Annual report of the Punjab Veterinary College and of the Civil Veterinary Department, Punjab - 1920-1925
Year: 1920
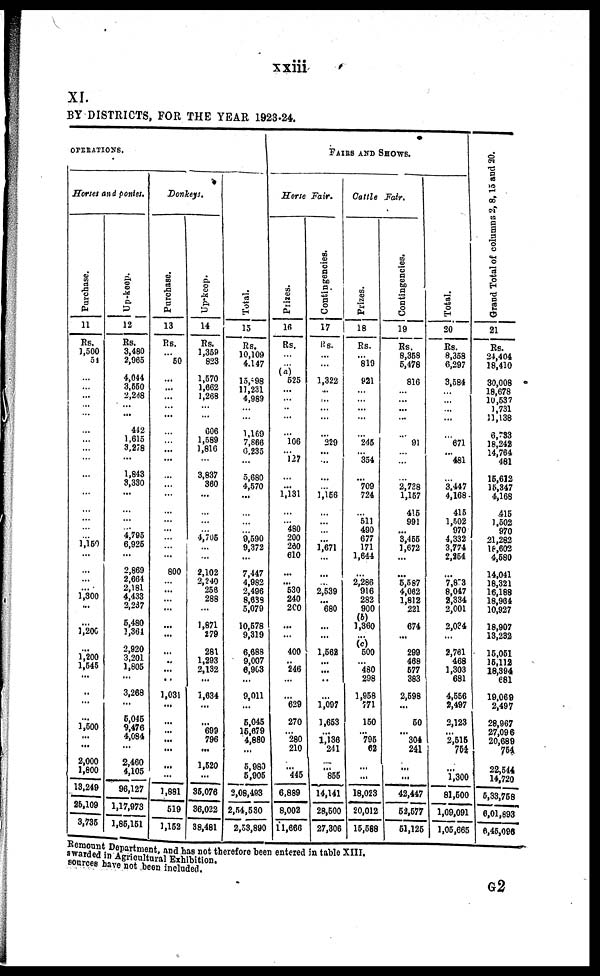
xiii
XI.
BY DISTRICTS, FOR THE YEAR 1923-24.
OPERATIONS.
Horses and ponles.
Purchase.
11
RS.
1,500
51
...
...
... ...
...
...
...
...
...
...
...
....
....
....
...
1,159
...
...
....
1,800
...
...
1,206
1,200
...
1,200
1,545 ..
...
1,500
...
2,000
1,800
18,249
26,109
3,735
Up-keep.
12
Rs.
3,480
2,965
4,044
3,550
2,248
...
...
442
1.615
3.278
...
1,843
3,330
...
...
... ... 4,785
6,925
...
...
2,869
2,004
2,181 4,433
3,237
5,480
1,364
2,920
3,201
1,805
...
3,268
...
5,045
9,476
4,084
...
2,460
4,105
96,127
1,17,973
1,85,151
Donkeys.
Purchase.
13
RS.
...
50
...
...
...
...
... ...
...
...
...
...
...
...
...
...
800
... ...
...
...
...
...
...
1,031
...
...
...
...
...
...
1,881
619
1,152
Up-keep.
14
RS.
1,369
828
1,670
1,662
1,268
...
...
606
1,589
1,816
...
3,837
360
...
...
...
... 4,706
...
...
2,102
3,240
268
288
...
1,871
179
281
1,293
2,132
...
1,634
...
...
699
796
...
1,520
...
36,076
36,022
98,481
Total.
15
RS.
10,109
4.147
15,598
11,231
4,989
....
...
1,169
7,866
0,235
....
5,680
4,670
...
...
...
... 9,690
9,372
...
7,447
4,982
2,496
8,688
5,079
10,678
9,319
6,688
9,007
6,903
....
9,011
...
5,045
16,679
4,880
...
6,980
6,906
2,08,493
2,54,580
2,58,890
FAIRS AND SHOWS.
Horse Fair.
Prizes.
16
Rs.
525
...
....
... ...
...
106
... 127
...
... 1,181
...
480
200
260
610
...
... 630
240
2C0
...
400
246
...
...
629
270
...
280
210
...
445
6,889
8,002
11,666
Contingencies.
17
Rs.
1,322
...
...
...
...
...
329
...
...
...
.... 1,156
...
...
...
1,671
...
...
2,639
680
...
1,562
...
...
...
1,097
1,663
1,136
241
...
855
14,141
28,500
27,306
Cattle Fair.
Prizes.
18
Rs.
819
921
...
...
...
...
...
246
354
...
709 724
...
511
490
677
171
1,644
...
2,286
916
282
900
(b)
1,860
600
480
298
1,958
771
160
*796
62
...
...
18,023
20,012
15,688
Contingencies.
19
Rs.
8,368
5,478
816
...
...
... ...
...
91
...
...
...
2,788 1,167
416
991
... 8,455
1,672
...
...
6,687
4,062
1,812
221
674
299
468
677
883
2,698
...
60
304
241
...
...
42,447
52,577
61,126
Total.
20
Rs.
8,368
6,297
3,584
...
...
... ...
671
481
...
3,447 4,168
416
1,502
970
4,332
3,774
2,254
...
7,8'3
8,047
2,834
2,001
3,034
2,761
468
1,303
681
4,666
2,497
3,123
2,616
754
1,300
81,600
1,09,091
1,06,666
Grand Total of columns 2,8,15 and 20.
21
Rs.
24,404
18,410
30,008
18,678
10,637
1,731
11,138
18,242
14,764
481
16,612
16,847
4,168
415
1,502
970
21,282
18,602
4,680
14,041
18,321
16,188
18,964
10,927
18,907
13,232
16,061
16,112
18,394
681
19,069
2,497
28,967
27,096
20,689
754
22,544
14,720
6,33,768
6,01,893
6,45,096
Remount Department, and has not therefore been entered in table XIII.
a warded in Agricultural Exhibition.
sources have not been included.
G2